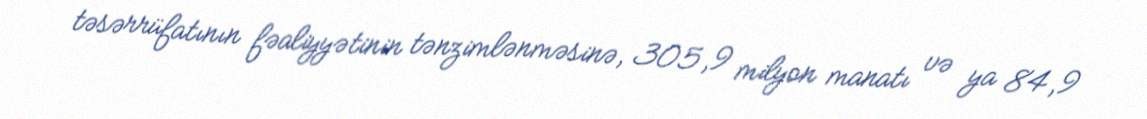
təsərrüfatının fəaliyyətinin tənzimlənməsinə, 305,9 milyon manatı və ya 84,9